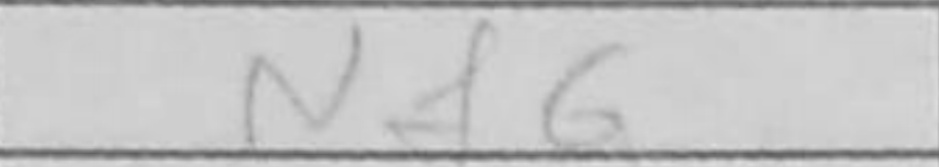
Transcription: Nf6